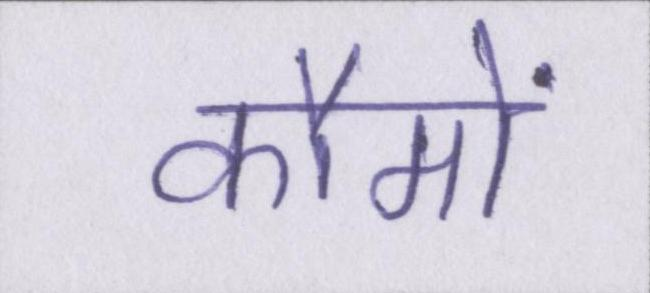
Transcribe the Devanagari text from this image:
कौमों